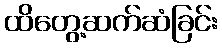
ထိတွေ့ဆက်ဆံခြင်း